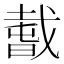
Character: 𢧭